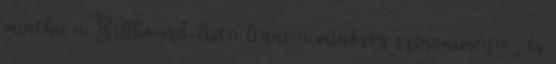
mintha a Billboard-lista lenne a minőség szinonimája , és